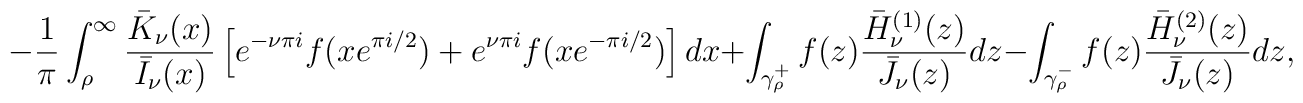
-\frac{1}{\pi }\int_{\rho }^{\infty}{ \frac{\bar K_{\nu}(x)}{\bar I_{\nu}(x)}\left[ e^{-\nu \pi i} f(xe^{\pi i/2})+e^{\nu \pi i} f(xe^{-\pi i/2})\right]dx}+ \int_{\gamma _{\rho}^{+}}{f(z) \frac{\bar H^{(1)}_{\nu}(z)}{\bar J_{\nu}(z)}dz}-\int_{\gamma _{\rho}^{-}}{f(z) \frac{\bar H^{(2)}_{\nu}(z)}{\bar J_{\nu}(z)}dz},